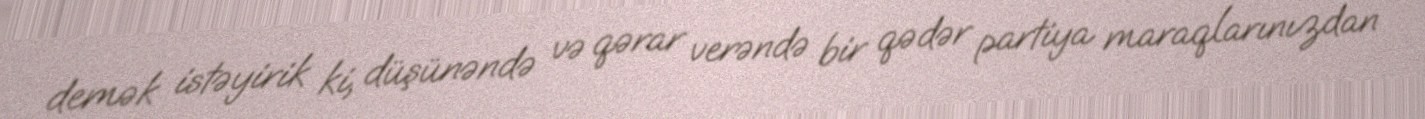
demək istəyirik ki, düşünəndə və qərar verəndə bir qədər partiya maraqlarınızdan